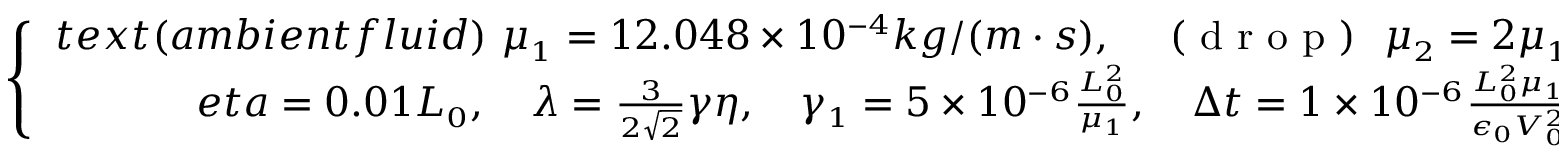
\small \left\{ \begin{array} { r l } { t e x t { ( a m b i e n t f l u i d ) } \ \mu _ { 1 } = 1 2 . 0 4 8 \times 1 0 ^ { - 4 } k g / ( m \cdot s ) , \quad \mathrm { ~ ( ~ d ~ r ~ o ~ p ~ ) ~ } \ \mu _ { 2 } = 2 \mu _ { 1 } ; } \\ { e t a = 0 . 0 1 L _ { 0 } , \quad \lambda = \frac { 3 } { 2 \sqrt { 2 } } \gamma \eta , \quad \gamma _ { 1 } = 5 \times 1 0 ^ { - 6 } \frac { L _ { 0 } ^ { 2 } } { \mu _ { 1 } } , \quad \Delta t = 1 \times 1 0 ^ { - 6 } \frac { L _ { 0 } ^ { 2 } \mu _ { 1 } } { \epsilon _ { 0 } V _ { 0 } ^ { 2 } } . } \end{array} \right.